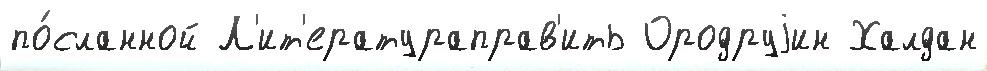
по́сланной Л'ит'ератураправ'ить Ородруjин Халдан